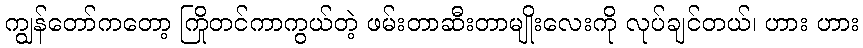
ကျွန်တော်ကတော့ ကြိုတင်ကာကွယ်တဲ့ ဖမ်းတာဆီးတာမျိုးလေးကို လုပ်ချင်တယ်၊ ဟား ဟား